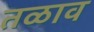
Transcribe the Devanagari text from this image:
तळाव